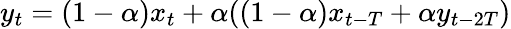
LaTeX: y_{t}=(1-\alpha)x_{t}+\alpha((1-\alpha)x_{t-T}+\alpha y_{t-2T})